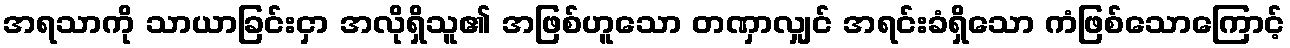
အရသာကို သာယာခြင်းငှာ အလိုရှိသူ၏ အဖြစ်ဟူသော တဏှာလျှင် အရင်းခံရှိသော ကံဖြစ်သောကြောင့်